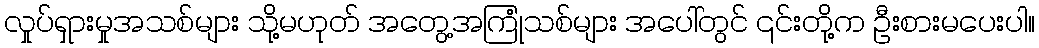
လှုပ်ရှားမှုအသစ်များ သို့မဟုတ် အတွေ့အကြုံသစ်များ အပေါ်တွင် ၎င်းတို့က ဦးစားမပေးပါ။